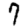
Digit: 7